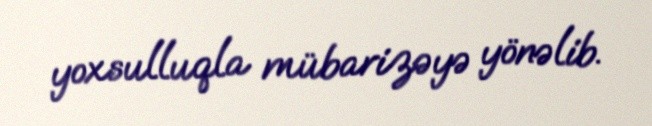
yoxsulluqla mübarizəyə yönəlib.